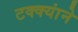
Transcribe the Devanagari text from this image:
टक्क्यांने